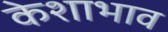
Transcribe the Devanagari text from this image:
केशाभाव